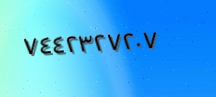
٧٤٤٢٣٢٧٢٠٧